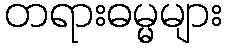
တရားဓမ္မများ